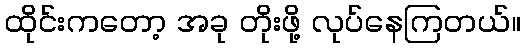
ထိုင်းကတော့ အခု တိုးဖို့ လုပ်နေကြတယ်။